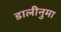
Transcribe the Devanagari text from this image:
डालीनुमा